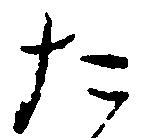
た